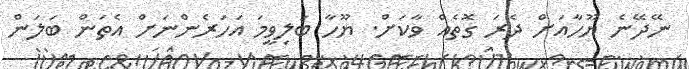
ނޭދޭނެ ޔޫހާއަށް ދެރަ ގޮތެއް ވާކަށް. ޔޫހާ ބަލިވީމަ އަހަރެންނަށް އެތަން ބަލަން